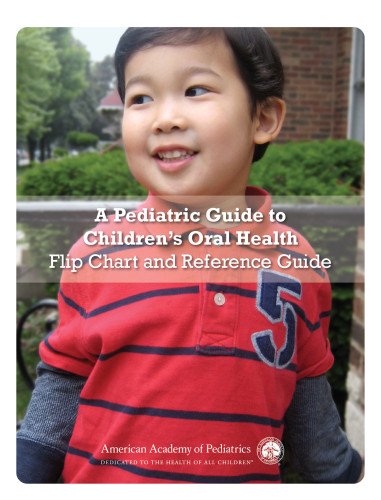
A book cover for A Pediatric Guide to Children's Oral Health Flip Chart and Reference Guide; American Academy of Pediatrics Section on Oral Health; Medical Books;